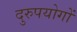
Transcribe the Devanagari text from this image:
दुरुपयोगों